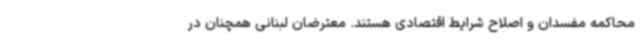
محاکمه مفسدان و اصلاح شرایط اقتصادی هستند. معترضان لبنانی همچنان در